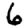
Digit: 6